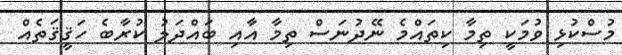
މުސްކުޅި ވުމަކީ ތިމާ ކިތައްމެ ނޭދުނަސް ތިމާ އާއި ބައްދަލު ކުރާބެ ހަޤީޤަތެއް